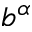
b ^ { \alpha }